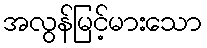
အလွန်မြင့်မားသော